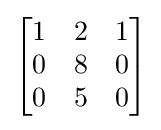
{\begin{bmatrix}1&2&1\\0&8&0\\0&5&0\end{bmatrix}}